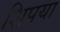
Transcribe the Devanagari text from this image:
शिपया